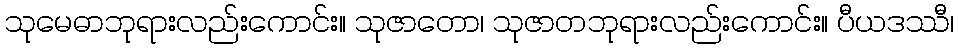
သုမေဓာဘုရားလည်းကောင်း။ သုဇာတော၊ သုဇာတဘုရားလည်းကောင်း။ ပီယဒဿီ၊